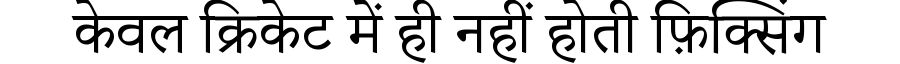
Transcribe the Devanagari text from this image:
केवल क्रिकेट में ही नहीं होती फ़िक्सिंग